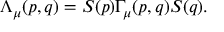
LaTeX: \Lambda _ { \mu } ( p , q ) = S ( p ) \Gamma _ { \mu } ( p , q ) S ( q ) .